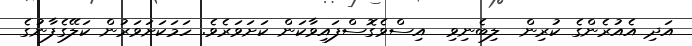
އަދި އެއުރެންގެ ކުރިން  ލިބެނިވި  އިސްވެގޮސްފައިވާކަން ކަށަވަރެވެ. ހަމަކަށަވަރުން ކަލޭގެފާނުގެ